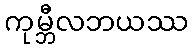
ကုမ္ဘီလဘယဿ